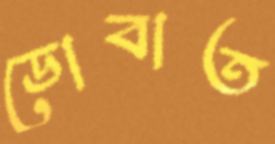
ডোবাত